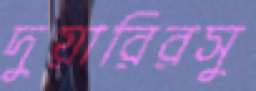
দুয়ারিরসু